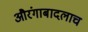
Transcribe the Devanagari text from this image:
औरंगाबादलाच